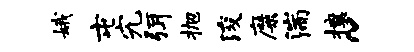
娥屯究弭抛浚靡湍攘~